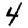
Digit: 4